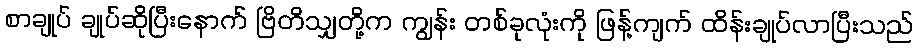
စာချုပ် ချုပ်ဆိုပြီးနောက် ဗြိတိသျှတို့က ကျွန်း တစ်ခုလုံးကို ဖြန့်ကျက် ထိန်းချုပ်လာပြီးသည်